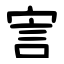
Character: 㝘